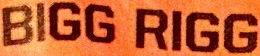
BIGG BIGG